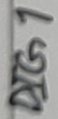
Text: DIG1